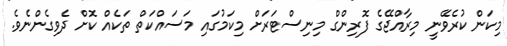
މިކަން ކުރެވޭނީ މިރާއްޖޭގެ ފޮރިންގް މިނިސްޓަރަށް މިކަމުގައި މަސައްކަތް ތަކެއް ކޮށް ދެވިގެންނެވެ.